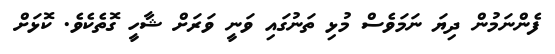
ފެންނަމުން ދިޔަ ނަމަވެސް މުޅި ތަނުގައި ވަނީ ވަރަށް ޝާހީ ގޮތެކެވެ. ކޮޅަށް